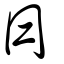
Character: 帽